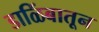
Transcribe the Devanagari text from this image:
डाळिंबातून